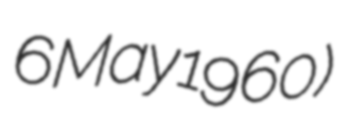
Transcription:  6 May 1960)